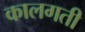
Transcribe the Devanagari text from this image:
कालगती